Medical and sanitary report of the native army of Madras for the year
Year: 1875
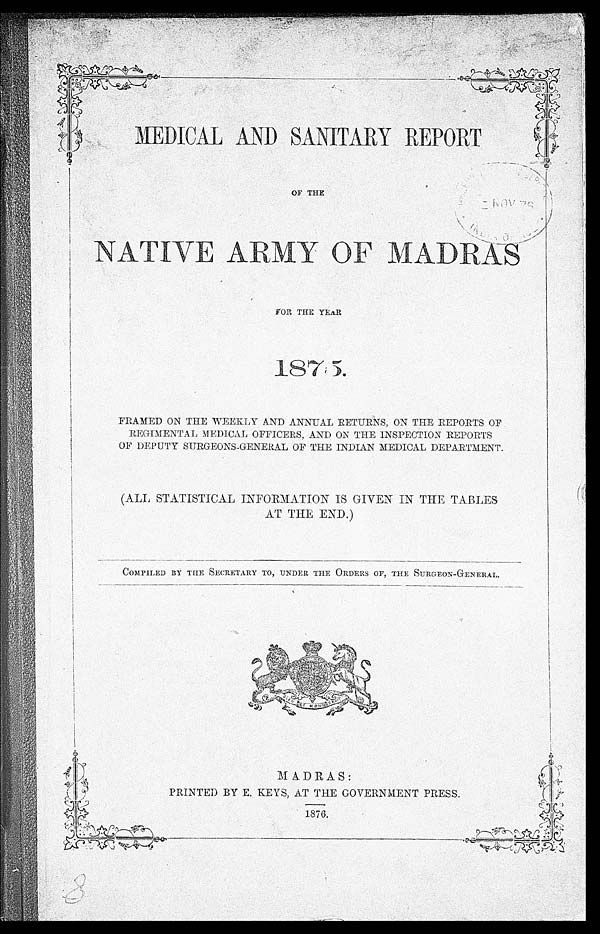
OF THE
MEDICAL AND SANITARY REPORT
NATIVE ARMY OF MADRAS
FOR THE YEAR
1875.
FRAMED ON THE WEEKLY AND ANNUAL RETURNS, ON THE REPORTS OF
REGIMENTAL MEDICAL OFFICERS, AND ON THE INSPECTION REPORTS
OF DEPUTY SURGEONS-GENERAL OF THE INDIAN MEDICAL DEPARTMENT.
(ALL STATISTICAL INFORMATION IS GIVEN IN THE TABLES
AT THE END.)
COMPILED BY THE SECRETARY TO, UNDER THE ORDERS OF, THE SURGEON-GENERAL.
MADRAS:
PRINTED BY E. KEYS, AT THE GOVERNMENT PRESS.
1876.